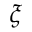
\xi